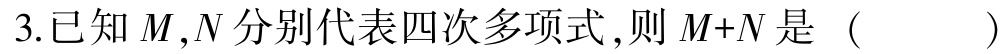
3.已知\(M,N\)分别代表四次多项式，则\(M + N\)是（  ）